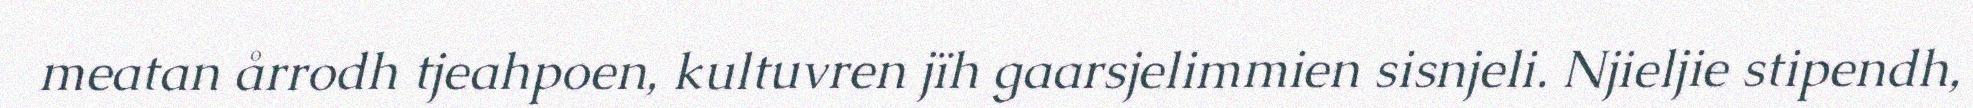
meatan årrodh tjeahpoen, kultuvren jïh gaarsjelimmien sisnjeli. Njieljie stipendh,